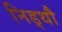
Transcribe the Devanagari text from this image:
निड्थौ